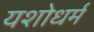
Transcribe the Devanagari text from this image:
यशोधर्म